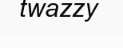
twazzy